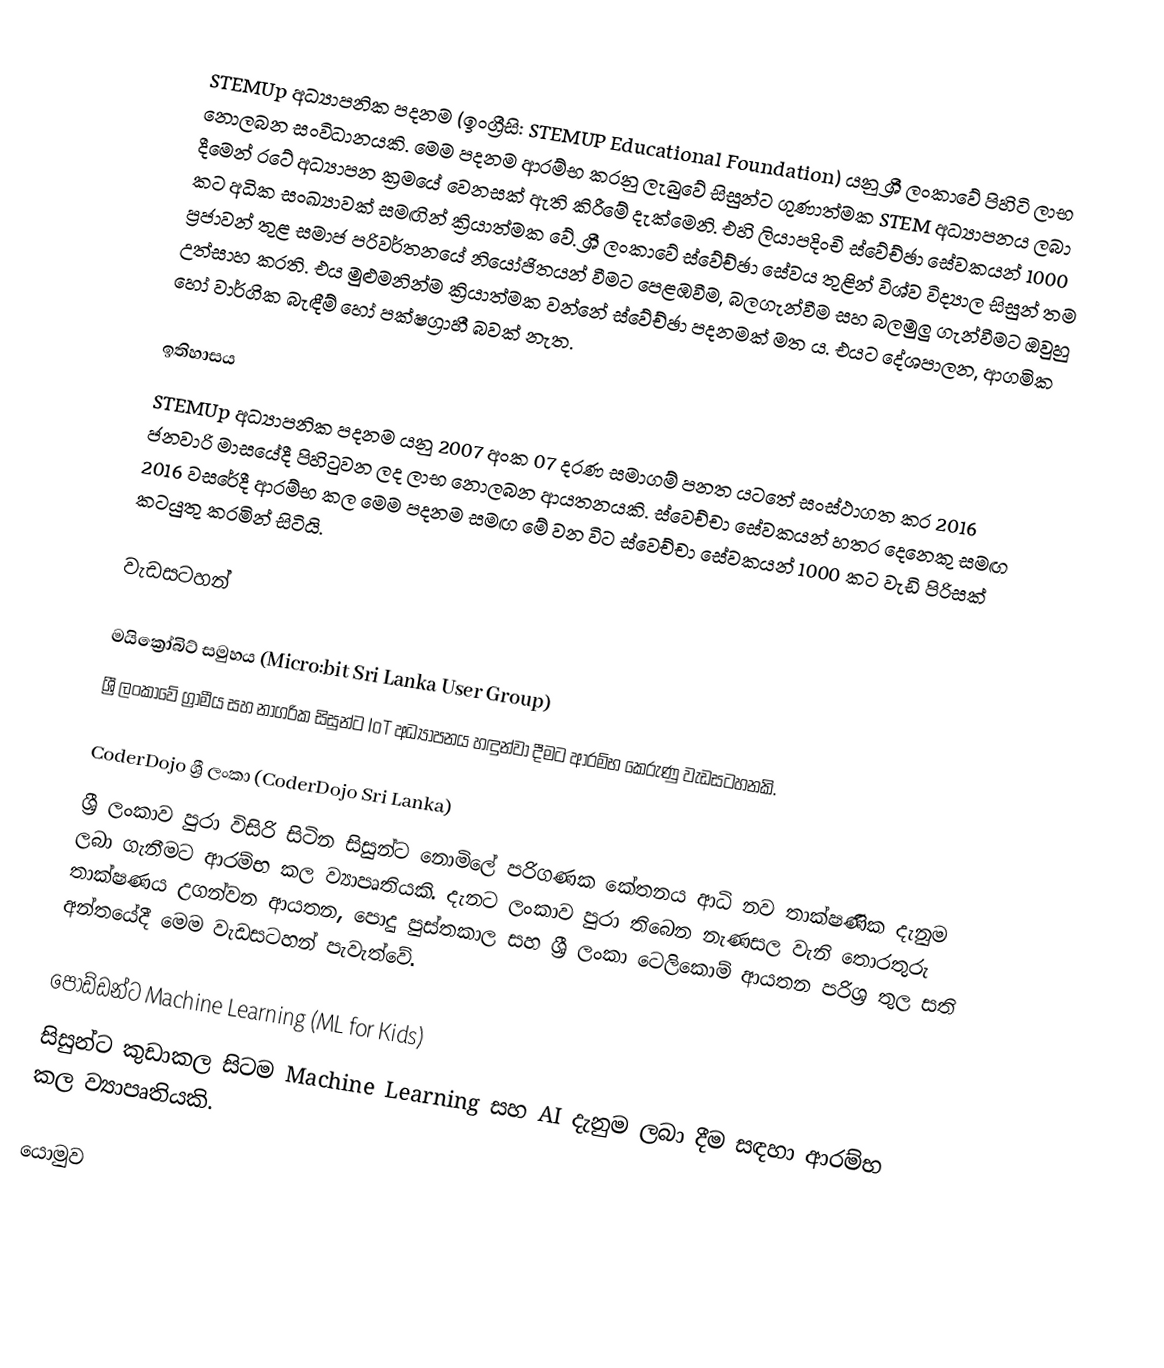
STEMUp අධ්‍යාපනික පදනම (ඉංග්‍රීසි: STEMUP Educational Foundation) යනු ශ්‍රී ලංකාවේ පිහිටි ලාභ නොලබන සංවිධානයකි. මෙම පදනම ආරම්භ කරනු ලැබුවේ සිසුන්ට ගුණාත්මක STEM අධ්‍යාපනය ලබා දීමෙන් රටේ අධ්‍යාපන ක්‍රමයේ වෙනසක් ඇති කිරීමේ දැක්මෙනි. එහි ලියාපදිංචි ස්වේච්ඡා සේවකයන් 1000 කට අධික සංඛ්‍යාවක් සමඟින් ක්‍රියාත්මක වේ. ශ්‍රී ලංකාවේ ස්වේච්ඡා සේවය තුළින් විශ්ව විද්‍යාල සිසුන් තම ප්‍රජාවන් තුළ සමාජ පරිවර්තනයේ නියෝජිතයන් වීමට පෙළඹවීම, බලගැන්වීම සහ බලමුලු ගැන්වීමට ඔවුහු උත්සාහ කරති. එය මුළුමනින්ම ක්‍රියාත්මක වන්නේ ස්වේච්ඡා පදනමක් මත ය. එයට දේශපාලන, ආගමික හෝ වාර්ගික බැඳීම් හෝ පක්ෂග්‍රාහී බවක් නැත.

ඉතිහාසය
STEMUp අධ්‍යාපනික පදනම යනු 2007 අංක 07 දරණ සමාගම් පනත යටතේ සංස්ථාගත කර 2016 ජනවාරි මාසයේදී පිහිටුවන ලද ලාභ නොලබන ආයතනයකි. ස්වෙච්චා සේවකයන් හතර දෙනෙකු සමඟ 2016 වසරේදී ආරම්භ කල මෙම පදනම සමඟ මේ වන විට ස්වෙච්චා සේවකයන් 1000 කට වැඩි පිරිසක් කටයුතු කරමින් සිටියි.

වැඩසටහන්

මයික්‍රෝබිට් සමුහය (Micro:bit Sri Lanka User Group)
ශ්‍රී ලංකාවේ ග්‍රාමීය සහ නාගරික සිසුන්ට IoT අධ්‍යාපනය හඳුන්වා දීමට ආරම්භ කෙරුණු වැඩසටහනකි.

CoderDojo ශ්‍රී ලංකා (CoderDojo Sri Lanka)
ශ්‍රී ලංකාව පුරා විසිරි සිටින සිසුන්ට නොමිලේ පරිගණක කේතනය ආධි නව තාක්ෂණික දැනුම ලබා ගැනීමට ආරම්භ කල ව්‍යාපෘතියකි. දැනට ලංකාව පුරා තිබෙන නැණසල වැනි තොරතුරු තාක්ෂණය උගන්වන ආයතන, පොදු පුස්තකාල සහ ශ්‍රී ලංකා ටෙලිකොම් ආයතන පරිශ්‍ර තුල සති අන්තයේදී මෙම වැඩසටහන් පැවැත්වේ.

පොඩ්ඩන්ට Machine Learning (ML for Kids)
සිසුන්ට කුඩාකල සිටම Machine Learning සහ AI දැනුම ලබා දීම සඳහා ආරම්භ කල ව්‍යාපෘතියකි.

යොමුව